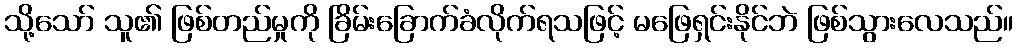
သို့သော် သူ၏ ဖြစ်တည်မှုကို ခြိမ်းခြောက်ခံလိုက်ရသဖြင့် မဖြေရှင်းနိုင်ဘဲ ဖြစ်သွားလေသည်။